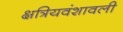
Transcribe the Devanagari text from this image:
क्षत्रियवंशावली